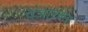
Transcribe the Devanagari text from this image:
पेजारकर